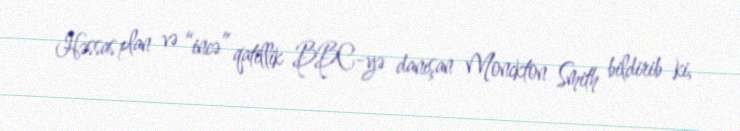
Həssas plan və “incə” qatillik BBC-yə danışan Monckton Smith bildirib ki,